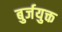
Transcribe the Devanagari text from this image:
बुर्जयुक्त